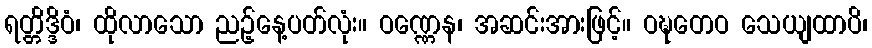
ရတ္တိဒ္ဒိဝံ၊ ထိုလာသော ညဉ့်နေ့ပတ်လုံး။ ဝဏ္ဏေန၊ အဆင်းအားဖြင့်။ ဝဍ္ဎတေဝ သေယျထာပိ၊